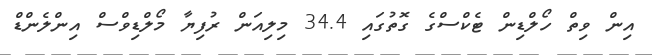
އިން ވިތް ހޯލްޑިން ޓެކްސްގެ ގޮތުގައި 34.4 މިލިއަން ރުފިޔާ މޯލްޑިވްސް އިންލެންޑް